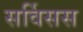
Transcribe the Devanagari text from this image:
सर्विसस